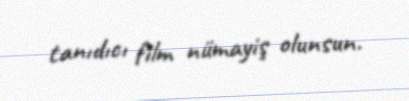
tanıdıcı film nümayiş olunsun.